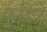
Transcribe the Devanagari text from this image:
कुटिरे